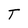
Character: T